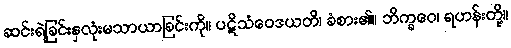
ဆင်းရဲခြင်းနှလုံးမသာယာခြင်းကို။ ပဋိသံဝေဒယတိ၊ ခံစား၏။ ဘိက္ခဝေ၊ ရဟန်းတို့။